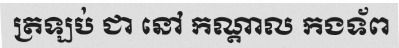
ត្រឡប់ ជា នៅ កណ្តាល កងទ័ព